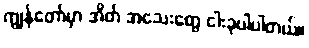
ကျွန်တော်မှာ အိတ် အသေးတွေ ငါးခုပါပါတယ်။